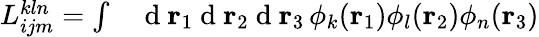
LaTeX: \begin{array}{rl}{{L}_{ijm}^{kln}=\int}&{{}\mathrm{~d~}{\mathbf{r}_{1}}\mathrm{~d~}{\mathbf{r}_{2}}\mathrm{~d~}{\mathbf{r}_{3}}\, \phi_{k}({\mathbf{r}_{1}})\phi_{l}({\mathbf{r}_{2}})\phi_{n}({\mathbf{r}_{3}})}\end{array}